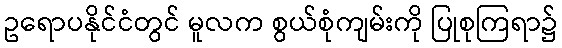
ဥရောပနိုင်ငံတွင် မူလက စွယ်စုံကျမ်းကို ပြုစုကြရာ၌